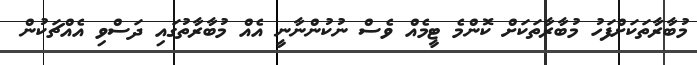
މުބާރާތަކަށްފަހު މުބާރާތަކަށް ކޮންމެ ޓީމެއް ވެސް ނުކުންނާނީ އެއް މުބާރާތުގައި ދަސްވި އެއްޗަކުން